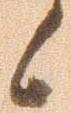
候